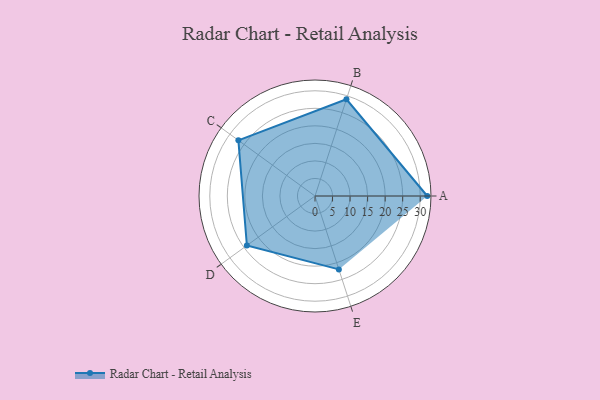
{"axis": {"x": "Skill", "y": "Score"}, "legend": ["Profile"], "data": [{"x": "A", "y": 32.0, "type": "Profile"}, {"x": "B", "y": 29.0, "type": "Profile"}, {"x": "C", "y": 27.0, "type": "Profile"}, {"x": "D", "y": 24.0, "type": "Profile"}, {"x": "E", "y": 22.0, "type": "Profile"}]}